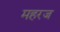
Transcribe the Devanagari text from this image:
महरज